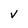
Character: V